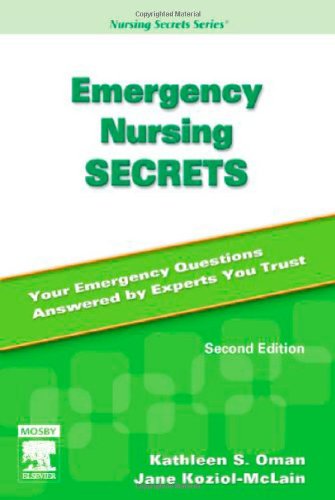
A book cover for Emergency Nursing Secrets, 2e; Kathleen S. Oman RN  PhD  CNS; Medical Books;